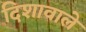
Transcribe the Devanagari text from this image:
दिशावाले